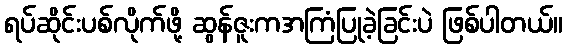
ရပ်ဆိုင်းပစ်လိုက်ဖို့ ဆွန်ဇူးကအကြံပြုခဲ့ခြင်းပဲ ဖြစ်ပါတယ်။